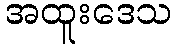
အထူးဒေသ